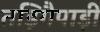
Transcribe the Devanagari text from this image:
तड़िगैपाड़ी